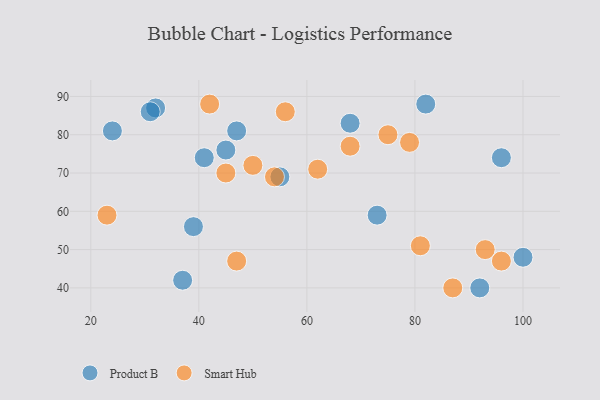
{"axis": {"x": "GDP", "y": "Life Expectancy"}, "legend": ["Product B", "Smart Hub"], "data": [{"x": "100", "y": 48, "type": "Product B"}, {"x": "39", "y": 56, "type": "Product B"}, {"x": "68", "y": 83, "type": "Product B"}, {"x": "96", "y": 74, "type": "Product B"}, {"x": "37", "y": 42, "type": "Product B"}, {"x": "41", "y": 74, "type": "Product B"}, {"x": "32", "y": 87, "type": "Product B"}, {"x": "47", "y": 81, "type": "Product B"}, {"x": "92", "y": 40, "type": "Product B"}, {"x": "55", "y": 69, "type": "Product B"}, {"x": "31", "y": 86, "type": "Product B"}, {"x": "24", "y": 81, "type": "Product B"}, {"x": "73", "y": 59, "type": "Product B"}, {"x": "45", "y": 76, "type": "Product B"}, {"x": "82", "y": 88, "type": "Product B"}, {"x": "96", "y": 47, "type": "Smart Hub"}, {"x": "47", "y": 47, "type": "Smart Hub"}, {"x": "62", "y": 71, "type": "Smart Hub"}, {"x": "87", "y": 40, "type": "Smart Hub"}, {"x": "50", "y": 72, "type": "Smart Hub"}, {"x": "75", "y": 80, "type": "Smart Hub"}, {"x": "68", "y": 77, "type": "Smart Hub"}, {"x": "42", "y": 88, "type": "Smart Hub"}, {"x": "93", "y": 50, "type": "Smart Hub"}, {"x": "45", "y": 70, "type": "Smart Hub"}, {"x": "54", "y": 69, "type": "Smart Hub"}, {"x": "23", "y": 59, "type": "Smart Hub"}, {"x": "79", "y": 78, "type": "Smart Hub"}, {"x": "81", "y": 51, "type": "Smart Hub"}, {"x": "56", "y": 86, "type": "Smart Hub"}]}